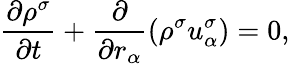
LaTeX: \frac{\partial\rho^{\sigma}}{\partial t}+\frac{\partial}{\partial r_{\alpha}}(\rho^{\sigma}u_{\alpha}^{\sigma})=0,